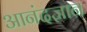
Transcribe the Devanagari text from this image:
आनंदज्ञान